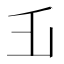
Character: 𠂜